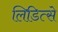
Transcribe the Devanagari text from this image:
लिडित्से